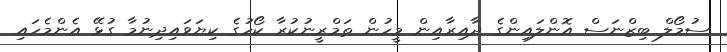
ސުމޯލް ބިޒްނަސް އޮންލައިންގެ ދާއިރާއިން މީހުން ތަމްރީނުކުރާ ކޯހުގެ ކިޔަވައިދިނުމާ ގުޅޭ އެންމެހައި